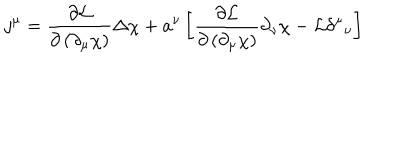
j ^ { \mu } = \frac { \partial { \mathcal { L } } } { \partial \left( \partial _ { \mu } \chi \right) } \Delta \chi + a ^ { \nu } \left[ \frac { \partial { \mathcal { L } } } { \partial \left( \partial _ { \mu } \chi \right) } \partial _ { \nu } \chi - { \cal L } \delta ^ { \mu } { } _ { \nu } \right]